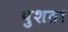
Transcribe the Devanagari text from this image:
पुशता